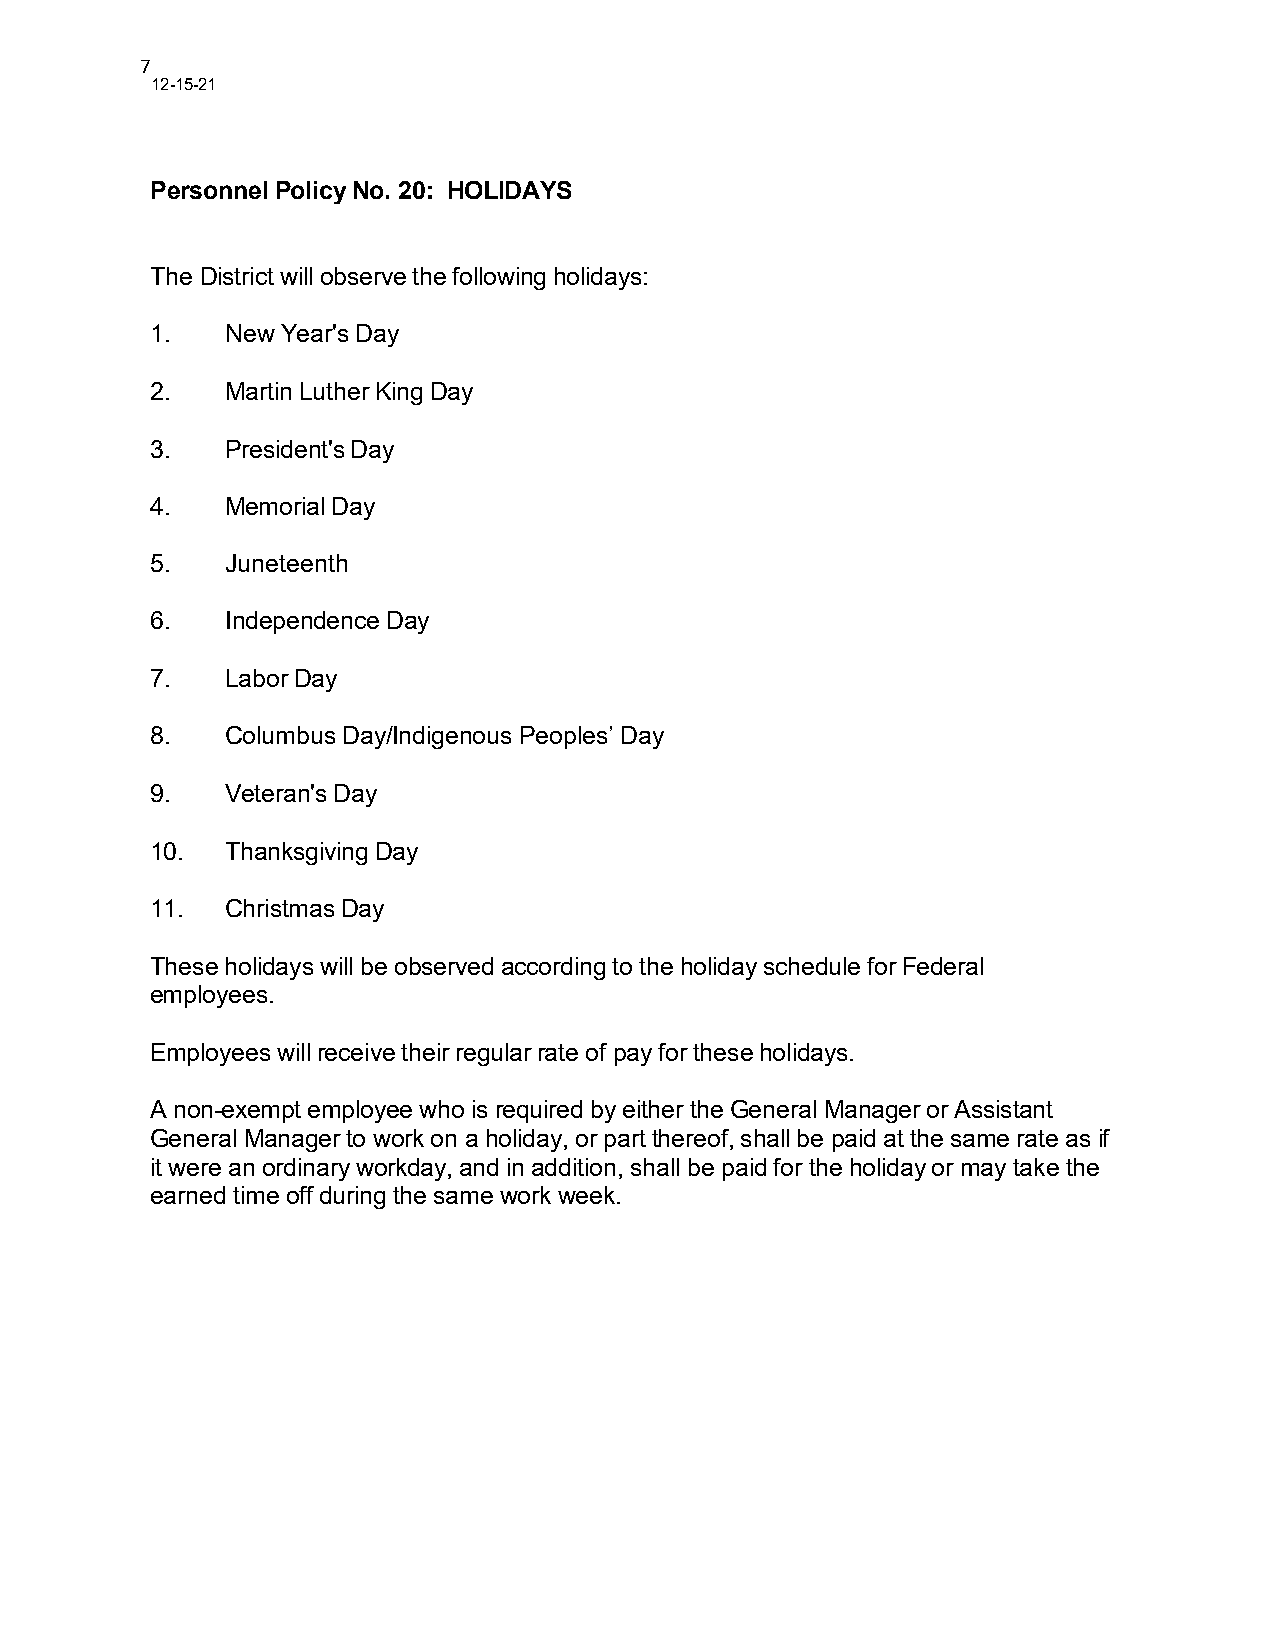
7
 12-15-21
 Personnel Policy No. 20: HOLIDAYS
 The District will observe the following holidays:
 1.   New Year's Day
 2.   Martin Luther King Day
 3.   President's Day
 4.   Memorial Day
 5.   Juneteenth
 6.   Independence Day
 7.   Labor Day
 8.   Columbus Day/Indigenous Peoples’ Day
 9.   Veteran's Day
 10.  Thanksgiving Day
 11.  Christmas Day
 These holidays will be observed according to the holiday schedule for Federal
 employees.
 Employees will receive their regular rate of pay for these holidays.
 A non-exempt employee who is required by either the General Manager or Assistant
 General Manager to work on a holiday, or part thereof, shall be paid at the same rate as if
 it were an ordinary workday, and in addition, shall be paid for the holiday or may take the
 earned time off during the same work week.